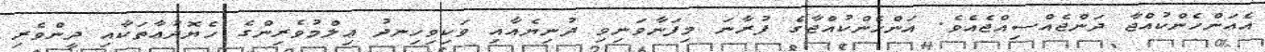
އެއަންހެންކުއްޖާ ދަންޖެއްސިއްޖެއެވެ. އަންހެންކުއްޖާގެ ފުރާނަ މިފަނާވަނިވި ދުނިޔެއާއި ވަކިވިހިނދު ޢިލްމުވެރިންގެ ހެޔޮދުޢާތަކާއި ދީންވެރި